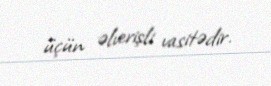
üçün əlverişli vasitədir.